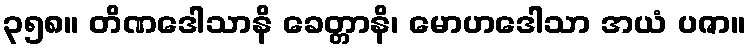
၃၅၈။ တိဏဒေါသာနိ ခေတ္တာနိ၊ မောဟဒေါသာ အယံ ပဇာ။